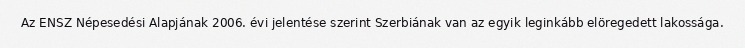
Az ENSZ Népesedési Alapjának 2006. évi jelentése szerint Szerbiának van az egyik leginkább elöregedett lakossága.